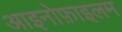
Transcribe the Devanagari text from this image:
आइनोफ़ाइलम